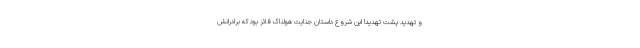
و تهدید پشت تهدید! این شروع داستان جنایت هولناک فائز بود که برادرانش